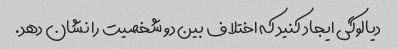
دیالوگی ایجاد کنید که اختلاف بین دو شخصیت را نشان دهد.